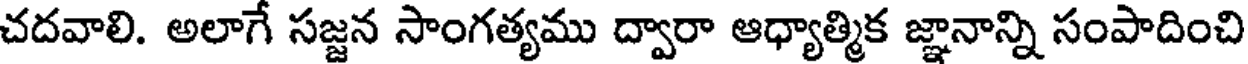
చదవాలి. అలాగే సజ్జన సాంగత్యము ద్వారా ఆధ్యాత్మిక జ్ఞానాన్ని సంపాదించి